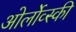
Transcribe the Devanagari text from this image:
ओर्लोव्स्की